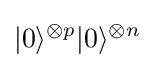
|0\rangle ^{\otimes p}|0\rangle ^{\otimes n}